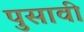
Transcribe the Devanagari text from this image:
पुसावी